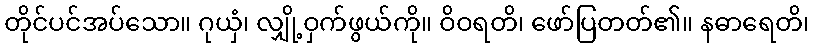
တိုင်ပင်အပ်သော။ ဂုယှံ၊ လျှို့ဝှက်ဖွယ်ကို။ ဝိဝရတိ၊ ဖော်ပြတတ်၏။ နဓာရေတိ၊